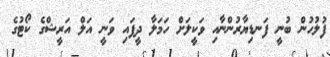
ފުލުހުން ބުނީ ފަނޑިޔާރުންނާއި ވަކީލަށް ހަމަލާ ދީފައި ވަނީ އަލް އަރީޝްގެ ކޯޓުގެ